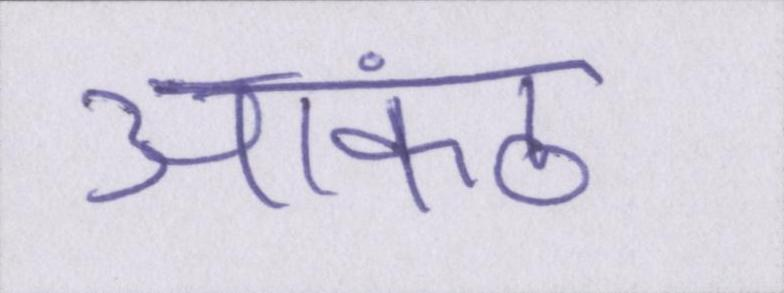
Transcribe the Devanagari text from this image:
आकंठ